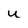
Character: u